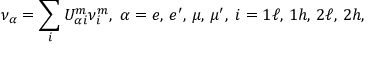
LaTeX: \nu _ { \alpha } = \sum _ { i } U _ { \alpha i } ^ { m } \nu _ { i } ^ { m } , \; \alpha = e , \, e ^ { \prime } , \, \mu , \, \mu ^ { \prime } , \; i = 1 \ell , \, 1 h , \, 2 \ell , \, 2 h ,